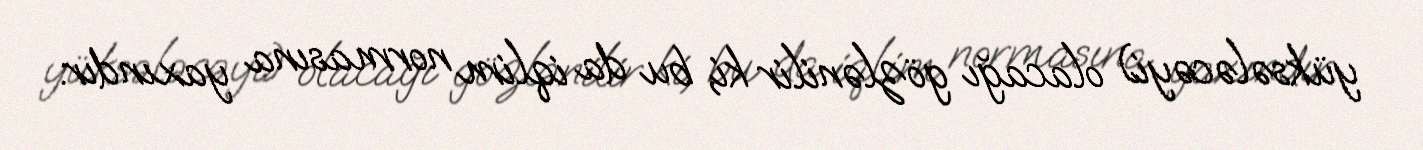
yüksələcəyi) olacağı gözlənilir ki, bu da iqlim normasına yaxındır.